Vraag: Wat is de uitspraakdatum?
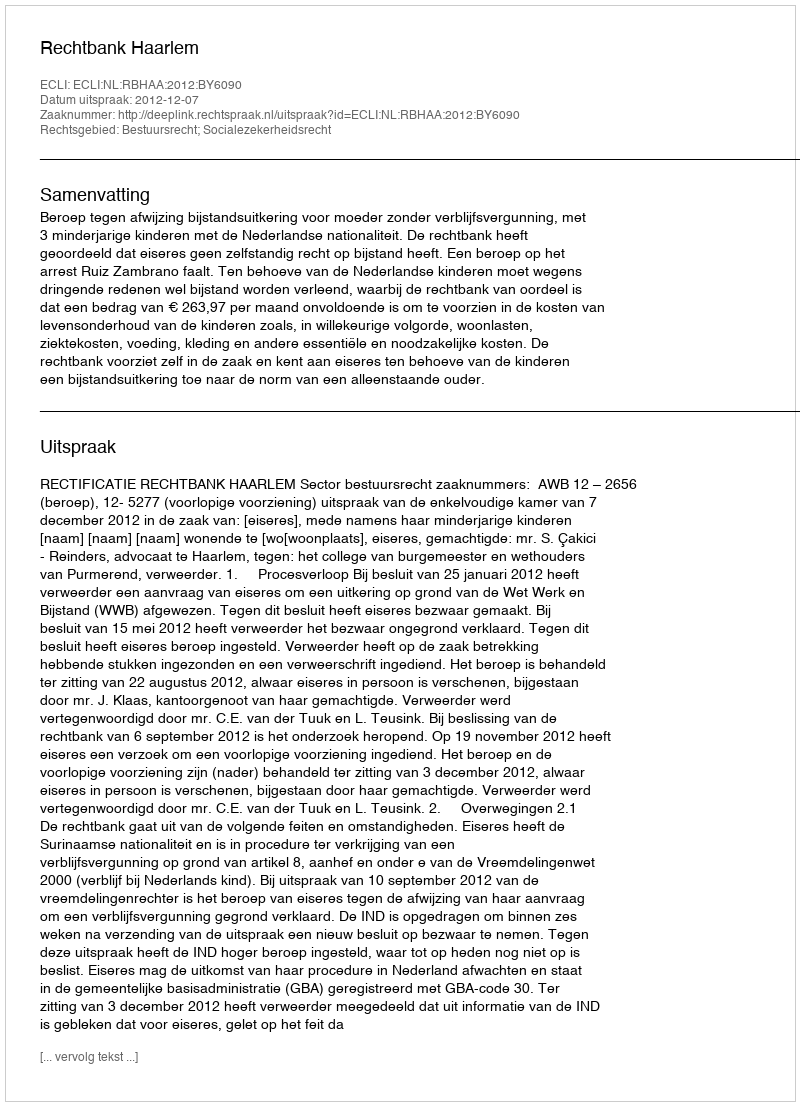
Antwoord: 2012-12-07